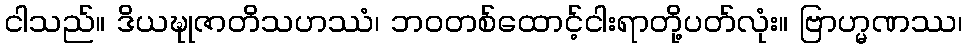
ငါသည်။ ဒိယဍ္ဎုဇာတိသဟဿံ၊ ဘဝတစ်ထောင့်ငါးရာတို့ပတ်လုံး။ ဗြာဟ္မဏဿ၊